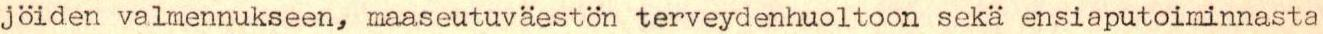
jöiden valmennukseen, maaseutuväestön terveydenhuoltoon sekä ensiaputoiminnasta